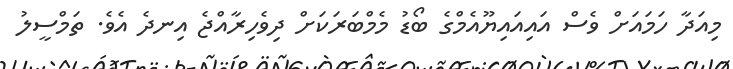
މިއަދާ ހަމައަށް ވެސް އައިއައިޔޫއެމްގެ ބޯޑު މެމްބަރަކަށް ދިވެހިރާއްޖެ އިނދެ އެވެ. ތަމްސީލު